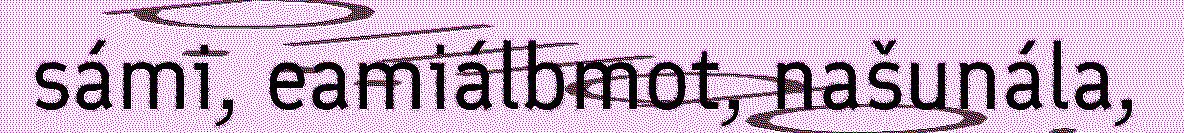
sámi, eamiálbmot, našunála,